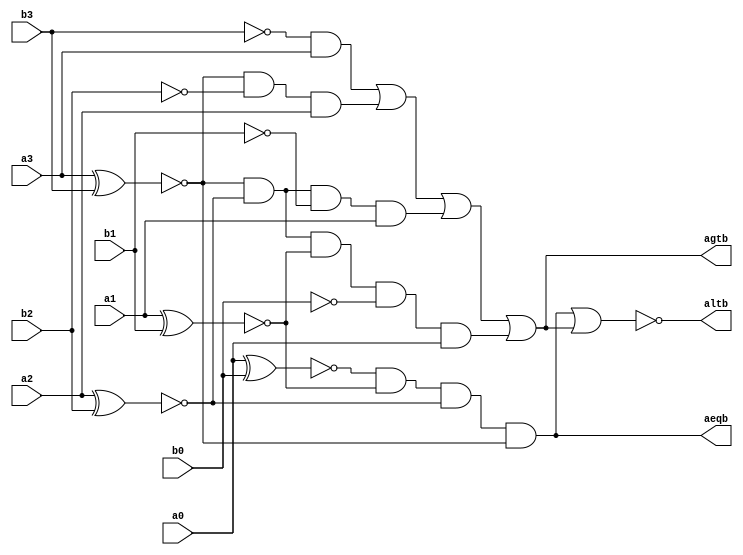
/*              --------COMPARADOR DE MAGNITUDE--------*/

/*BASE LITERRIA: Ronald J. Tocci, Neal S. Widmer, Gregory L. Moss. Sistemas digitais : princpios e aplicaes;
reviso tcnica Renato Giacomini ; traduo Jorge Ritter.  11 edio  So Paulo : Pearson Prentice Hall, 2011;
*/

// INDENTIFICAR SE O CONJUNTO DE BITS DE "A"  MAIOR, MENOR OU IGUAL EM RELAO AO CONJUNTO DE BITs DE "B";
module compmag (aeqb, altb,agtb, a3, a2, a1, a0, b3, b2,b1, b0); 

    input a3, a2, a1, a0;
    input b3, b2, b1, b0;
   
    output aeqb, altb,agtb;

    wire w0, w1, w2, w3, w4, w5, w6, w7, w8, w9, w10, w11, w12, b0neg, b1neg, b2neg, b3neg;

    xnor VERIFICAR_SE_A_LSB_E_IGUAL_B_LSB(w0, a0, b0);
    xnor VERIFICAR_SE_A1_E_IGUAL_B1(w1, a1, b1);
    xnor VERIFICAR_SE_A2_E_IGUAL_B2(w2, a2, b2);
    xnor VERIFICAR_SE_A_MSB_E_IGUAL_B_MSB(w3, a3, b3);

    and VERIFICAR_SE_OS_CONJUNTO_SAO_IGUAIS(aeqb, w0, w1, w2, w3); // CASO TODOS OS BITS FOREM COINCIDENTES, ESSES CONJUNTOS SERO IGUAIS;

    /*  INVERTER O RESULTADO DO CONJUNTO B*/
    not INVERTER_B0 (b0neg, b0 );
    not INVERTER_B1 (b1neg, b1 );
    not INVERTER_B2 (b2neg, b2 );
    not INVERTER_B3 (b3neg, b3 );

/*  VERIFICAR SE OS BITS "MAIORES" DE "A" SO IGUAIS OU MAIORES QUE OS BITs DE "B" */
    and and0 (w4, b3neg, a3);
    and and1 (w5, w3, b2neg, a2);
    and and2 (w6, w3, w2,b1neg, a1);
    and and3 (w7, w3, w2, w1 ,b0neg, a0);

    or VERIFICAR_SE_A_E_MAIOR_QUE_B(agtb, w4, w5, w6, w7); // CASO HAJA ALGUM PORTA AND COM VALOR LOGICO UM, OU SEJA, A MAIOR QUE B, ENTO A  MAIOR QUE B;

    nor VERIFICAR_SE_A_E_MENOR_QUE_B(altb, aeqb, agtb); // SE NO FOR MAIOR E NEM IGUAL, ENTO  MENOR;

endmodule